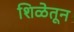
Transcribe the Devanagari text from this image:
शिळेतून